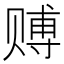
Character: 赙